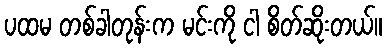
ပထမ တစ်ခါတုန်းက မင်းကို ငါ စိတ်ဆိုးတယ်။